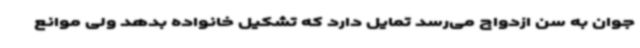
جوان به سن ازدواج می‌رسد تمایل دارد که تشکیل خانواده بدهد ولی موانع